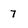
Character: 7